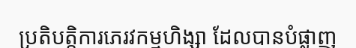
ប្រតិបត្តិការភេរវកម្មហិង្សា ដែលបានបំផ្លាញ